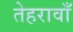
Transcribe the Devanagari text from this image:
तेहरावाँ